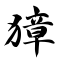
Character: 獐